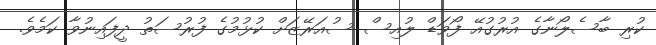
ކުރި ބާސެލޯނާގެ އުރުގުއޭ ފޯވަޑް ލުއިސް ސުއަރޭޒަށް ކުޅުމުގެ ފުރުސަތު ދީފައިނުވާ ކަމެވެ.